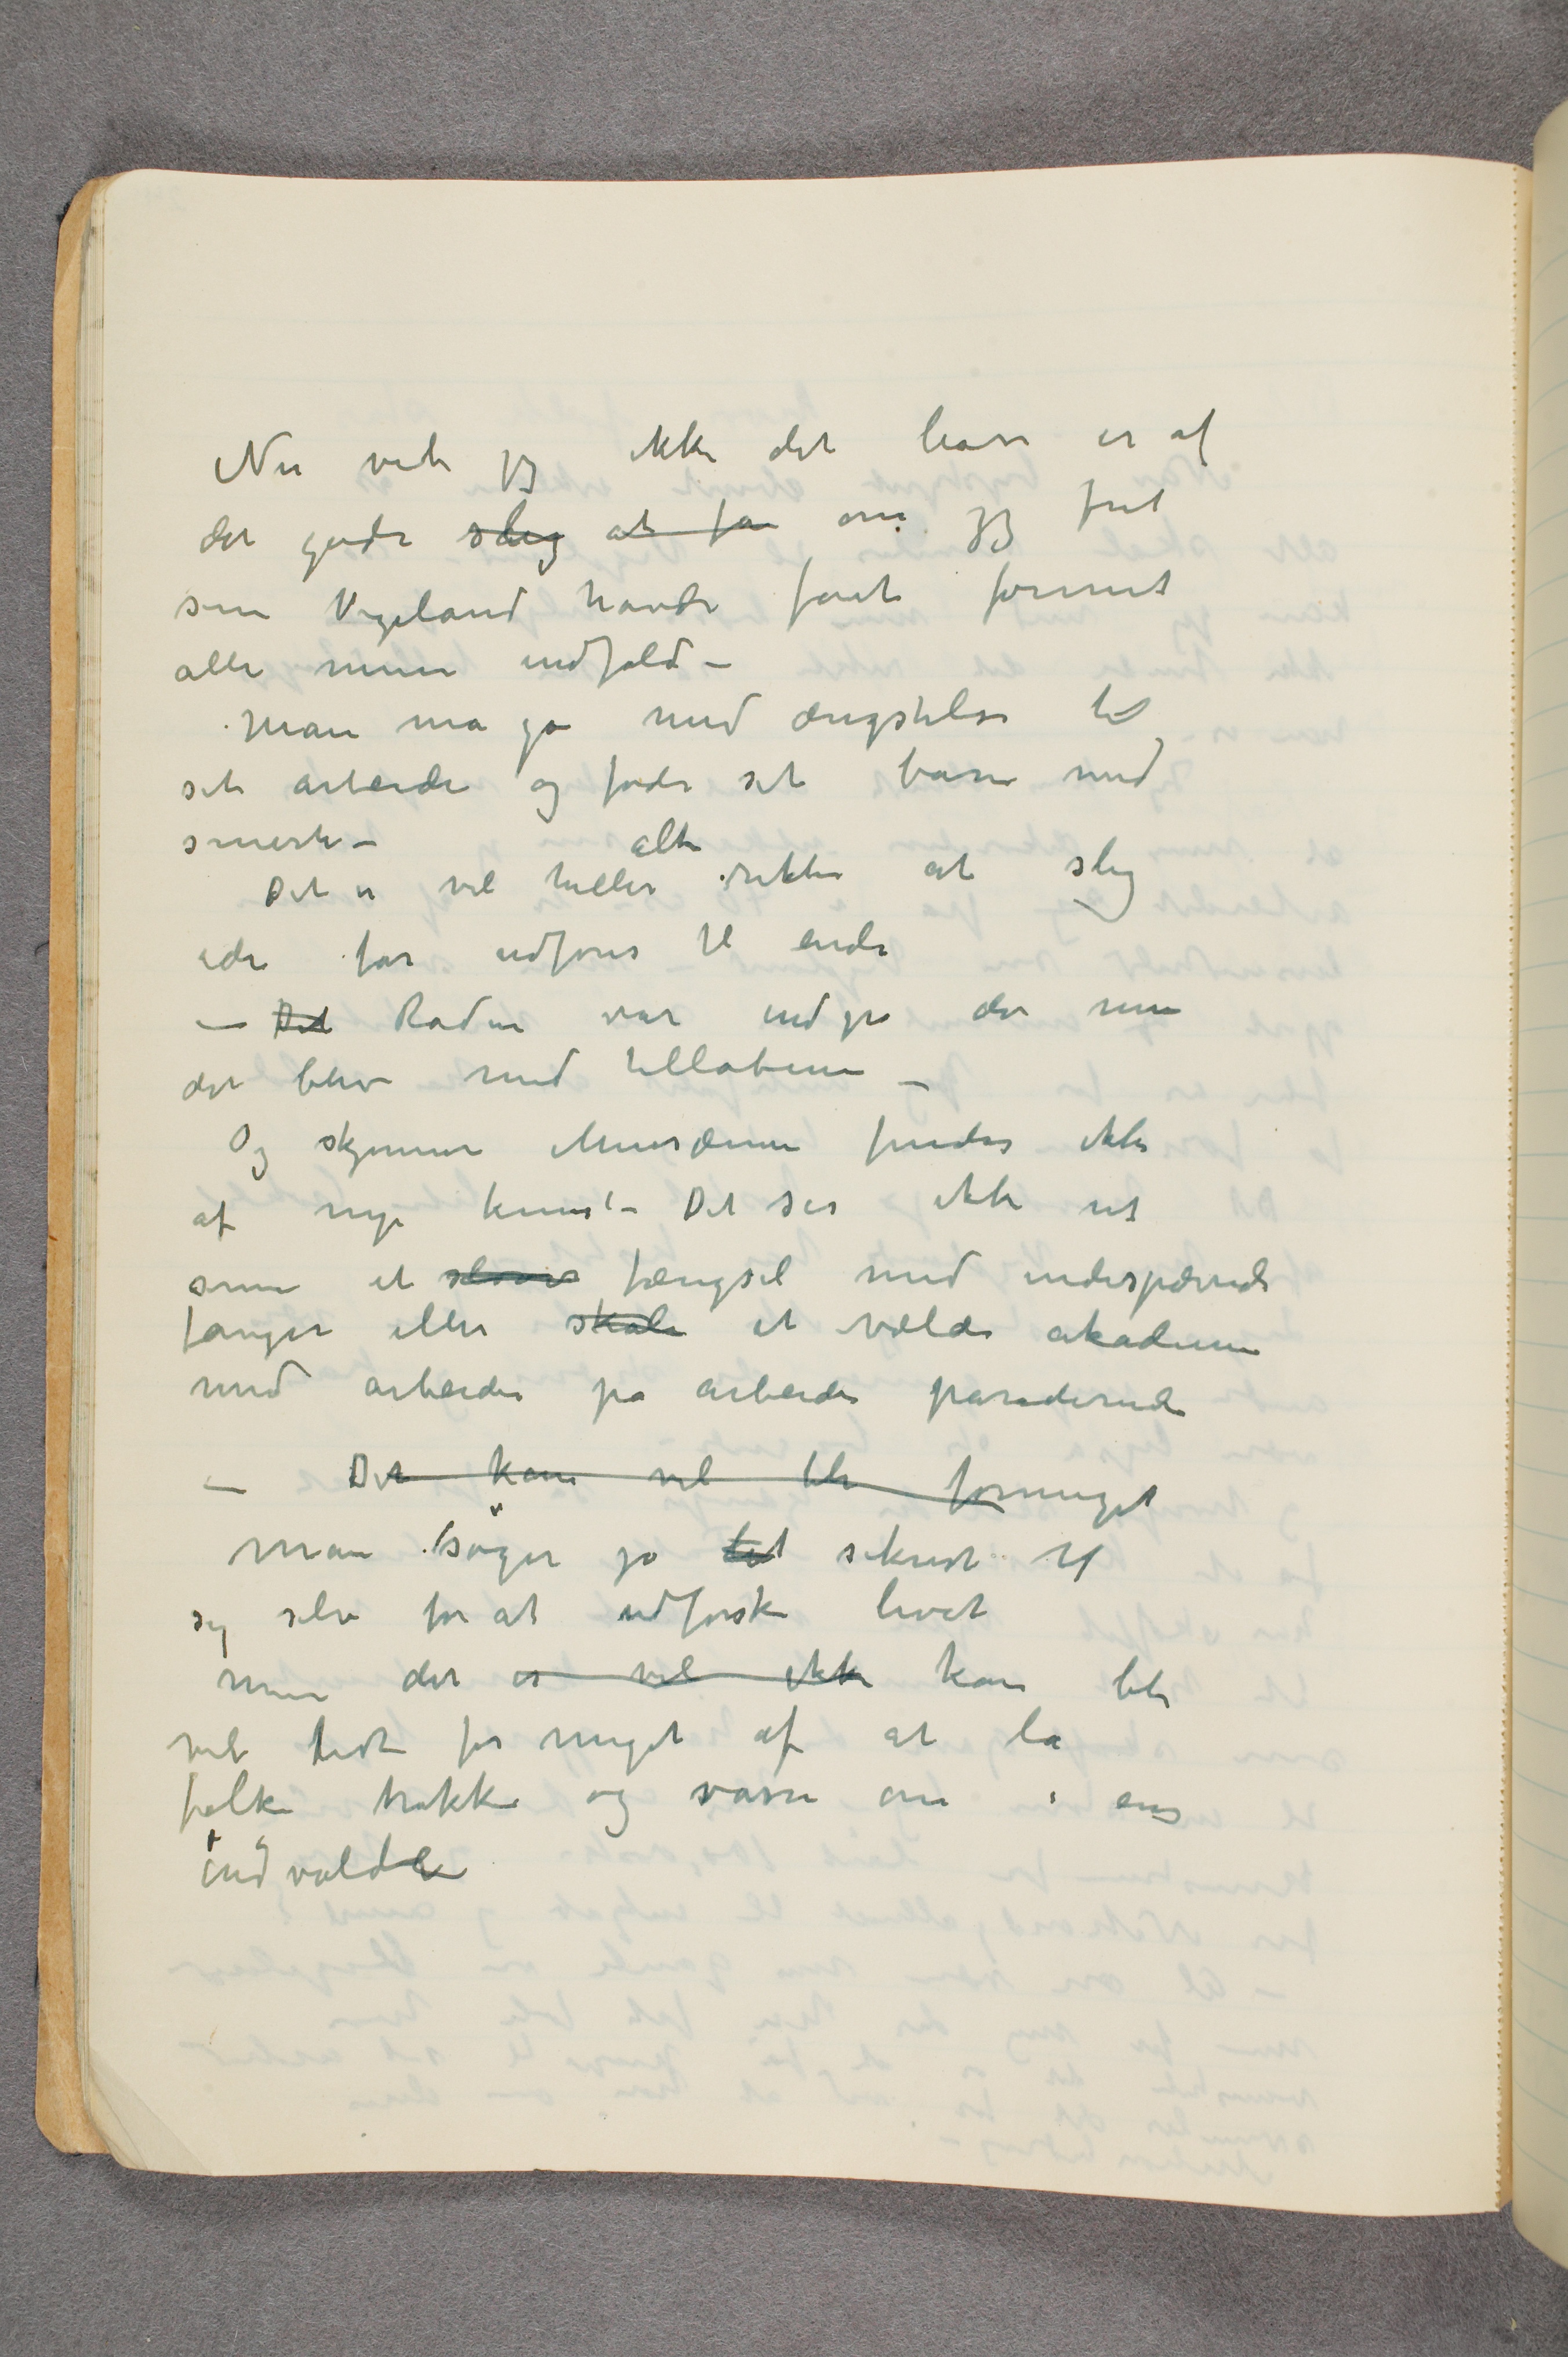
Nu vet jeg ikke det have er af
det gode sdig at få om jeg fret
som Vigeland havde føet formet
alle mine indfald
Man må gå med drigstelse ti
sit arbeide og føde set barn med
alt
Det er vil heller rikter at slig
ide får udføres til ende
– Det Raden var indpå der min
det blev med tillabene –
Og skjenner Munsæum findes ikke
af nye kunst – Det ser ikke ut
sm et soves fængsel med indespærrede
fanger eller skale et vælde akadenne
med arbeider på arbeider påredernde
– Det kan vil bli forminget
man søger jo det sikrist tl
sig selv for at udforske livet
men det er vil ikke kan bli
vil fidt for meget af at la
folk trokke og vasne om i en
indvoldee